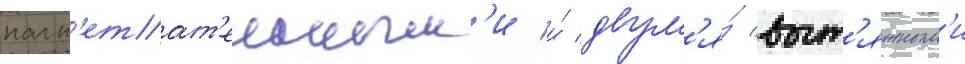
нагн'етат'ельным'и и́ двум'я́ выт'яжным'и